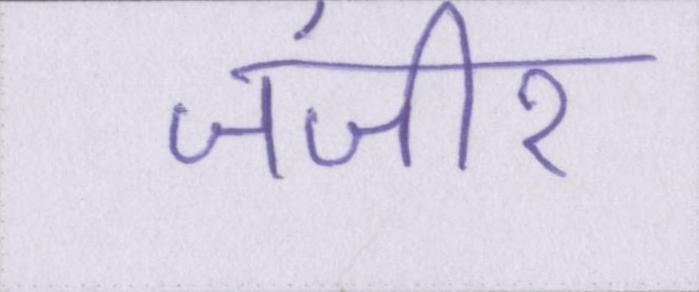
जंजीर